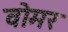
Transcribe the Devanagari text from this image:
वोमर